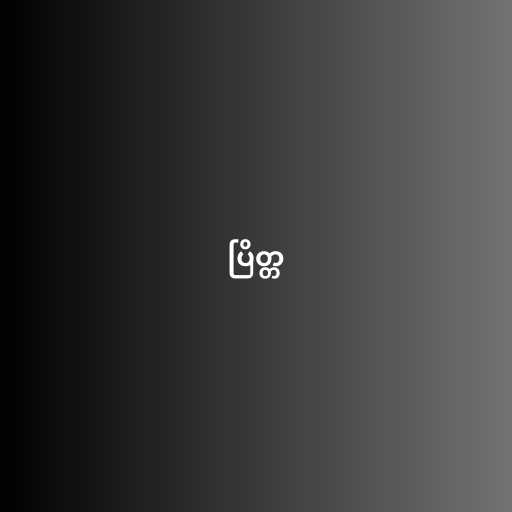
ပြိတ္တ